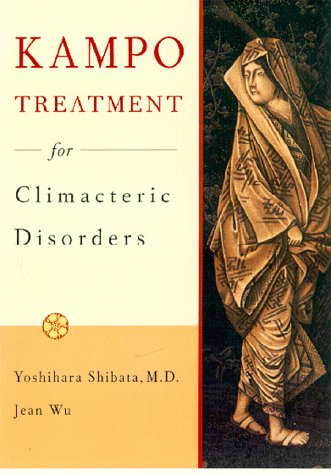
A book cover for Kampo Treatment for Climacteric Disorders (Paradigm title); Oshihara Shibata; Health, Fitness & Dieting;